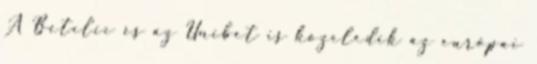
A Betclic és az Unibet is közeledik az európai